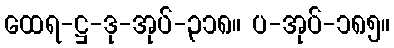
ထေရ-ဋ္ဌ-ဒု-အုပ်-၃၁၈။ ပ-အုပ်-၁၈၅။